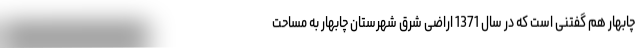
چابهار هم گفتنی است که در سال 1371 اراضی شرق شهرستان چابهار به مساحت